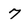
Character: 7